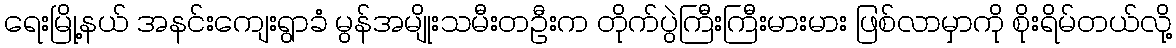
ရေးမြို့နယ် အနင်းကျေးရွာခံ မွန်အမျိုးသမီးတဦးက တိုက်ပွဲကြီးကြီးမားမား ဖြစ်လာမှာကို စိုးရိမ်တယ်လို့